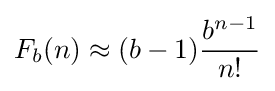
F_{b}(n)\approx (b-1){\frac {b^{n-1}}{n!}}